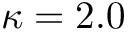
\kappa = 2 . 0